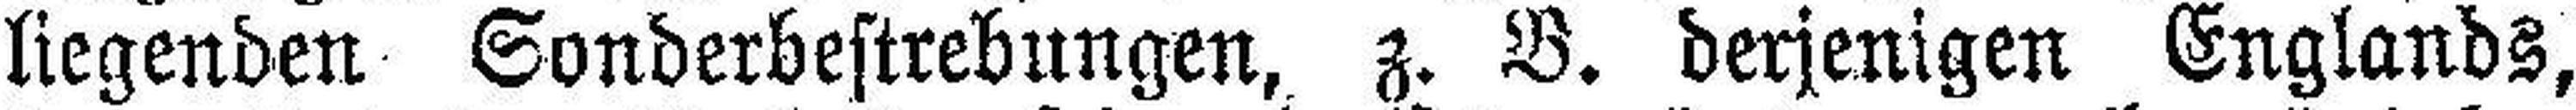
liegenden Sonderbestrebungen, z. B. derjenigen Englands,